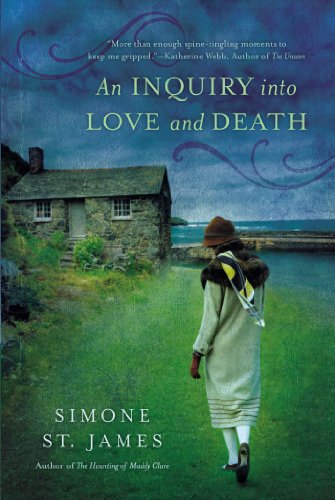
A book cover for An Inquiry Into Love and Death; Simone St. James; Mystery, Thriller & Suspense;